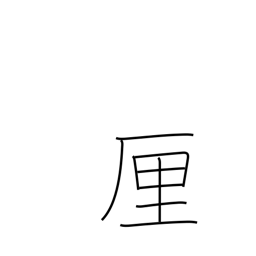
Meaning: rin